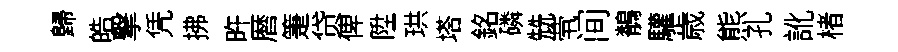
歸皓撃凭拂旿暦箑贷俾陞珙塔銘磷兟茕间鶺驩歳熊孔訛楮